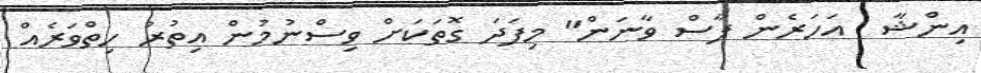
އިންޝާ  އަހަރެން ފާސް ވާނަން" މިފަދަ ގޮތަކަށް ވިސްނުމުން އިތުރު ހިތްވަރެއް